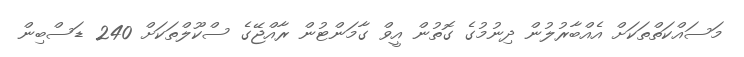
މަސައްކަތްތަކަށް އެއްބާރުލުން ދިނުމުގެ ގޮތުން އީވް ގާމަންޓުން ރާއްޖޭގެ ސްކޫލްތަކަށް 240 ޑަސްބިން